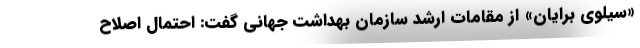
«سیلوی برایان» از مقامات ارشد سازمان بهداشت جهانی گفت: احتمال اصلاح